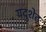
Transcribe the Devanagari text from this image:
यदुशेट